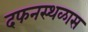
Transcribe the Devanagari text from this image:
दफनस्थळास